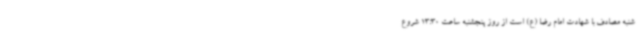
شنبه مصادف با شهادت امام رضا (ع) است از روز پنجشنبه ساعت 13:30 شروع